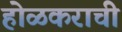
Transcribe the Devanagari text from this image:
होळकराची